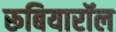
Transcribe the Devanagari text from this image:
रूबियारॉल